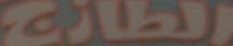
الطازج